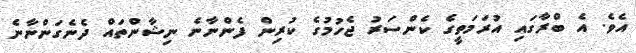
އެވެ. އެ ބްރާގައި އުރަމަތީގެ ކެންސަރު ޖެހުމުގެ ކުރިން ފެންނާނެ ނިޝާންތައް ދެނެގަންނާނެ